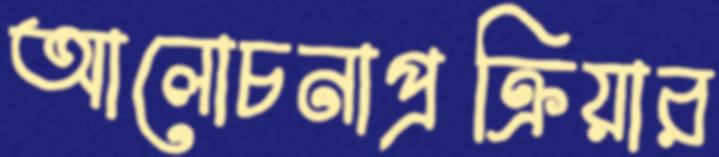
আলোচনাপ্রক্রিয়ার